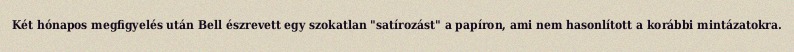
Két hónapos megfigyelés után Bell észrevett egy szokatlan "satírozást" a papíron, ami nem hasonlított a korábbi mintázatokra.